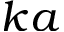
k a